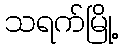
သရက်မြို့